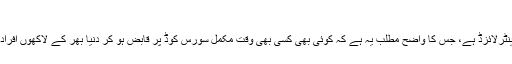
٭ بٹ کوائن کے نقصانات
بِٹ کوائن مکمل طور پر اوپن سورس اور ڈی سینٹرلائزڈ ہے، جس کا واضح مطلب یہ ہے کہ کوئی بھی کسی بھی وقت مکمل سورس کوڈ پر قابض ہو کر دنیا بھر کے لاکھوں افراد کو ان کی متاع حیات سے محروم کر سکتا ہے۔